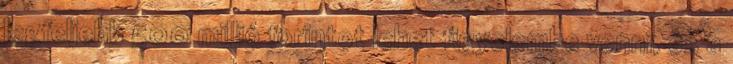
legfeljebb 500 millió forintot lehet figyelembe venni, és a